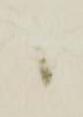
候